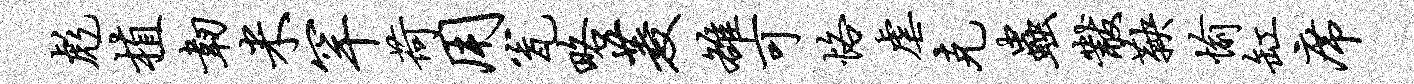
彪植韧米罕荷用瓮略菱雒可恪虐克虫黻鞅愉缸席